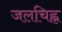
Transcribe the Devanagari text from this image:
जलचिह्न